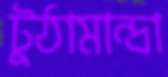
টুঠামান্দ্রা